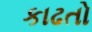
કાઢતો